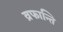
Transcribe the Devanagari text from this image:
व्रफान्ति